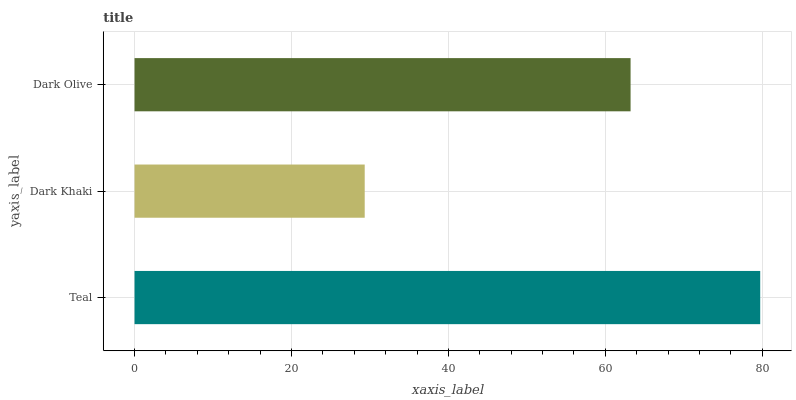
| yaxis_label | bars |
 | --- | --- |
 | Teal | 79.7 |
 | Dark Khaki | 29.3 |
 | Dark Olive | 63.2 |